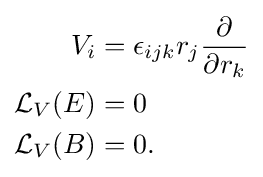
{\begin{aligned}V_{i}&=\epsilon _{ijk}r_{j}{\frac {\partial }{\partial {r_{k}}}}\\{\mathcal {L}}_{V}(E)&=0\\{\mathcal {L}}_{V}(B)&=0.\end{aligned}}